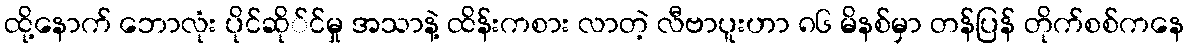
ထို့နောက် ဘောလုံး ပိုင်ဆို်င်မှု အသာနဲ့ ထိန်းကစား လာတဲ့ လီဗာပူးဟာ ၈၆ မိနစ်မှာ တန်ပြန် တိုက်စစ်ကနေ